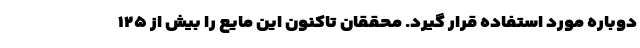
دوباره مورد استفاده قرار گیرد. محققان تاکنون این مایع را بیش از ۱۲۵